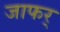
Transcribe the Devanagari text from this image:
जाफर्